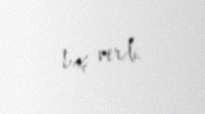
baş verdi.